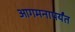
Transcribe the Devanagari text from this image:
आगमनापर्यंत